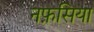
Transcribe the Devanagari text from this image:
नफ़सिया